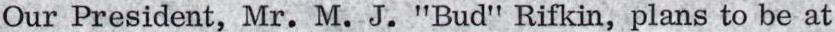
Our President, Mr. M. J. "Bud" Rifkin, plans to be at